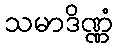
သမာဒိဏ္ဏံ